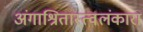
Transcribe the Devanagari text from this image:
अंगाश्रितास्त्वलंकारा